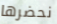
نحضرها